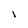
Character: l